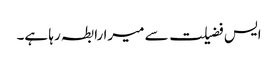
ایس فضیلت سے میرا رابطہ رہا ہے۔